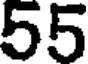
55